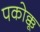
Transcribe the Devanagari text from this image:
पकोक्कू